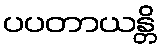
ပပတာယန္တိ